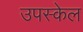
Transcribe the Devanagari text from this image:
उपस्केल